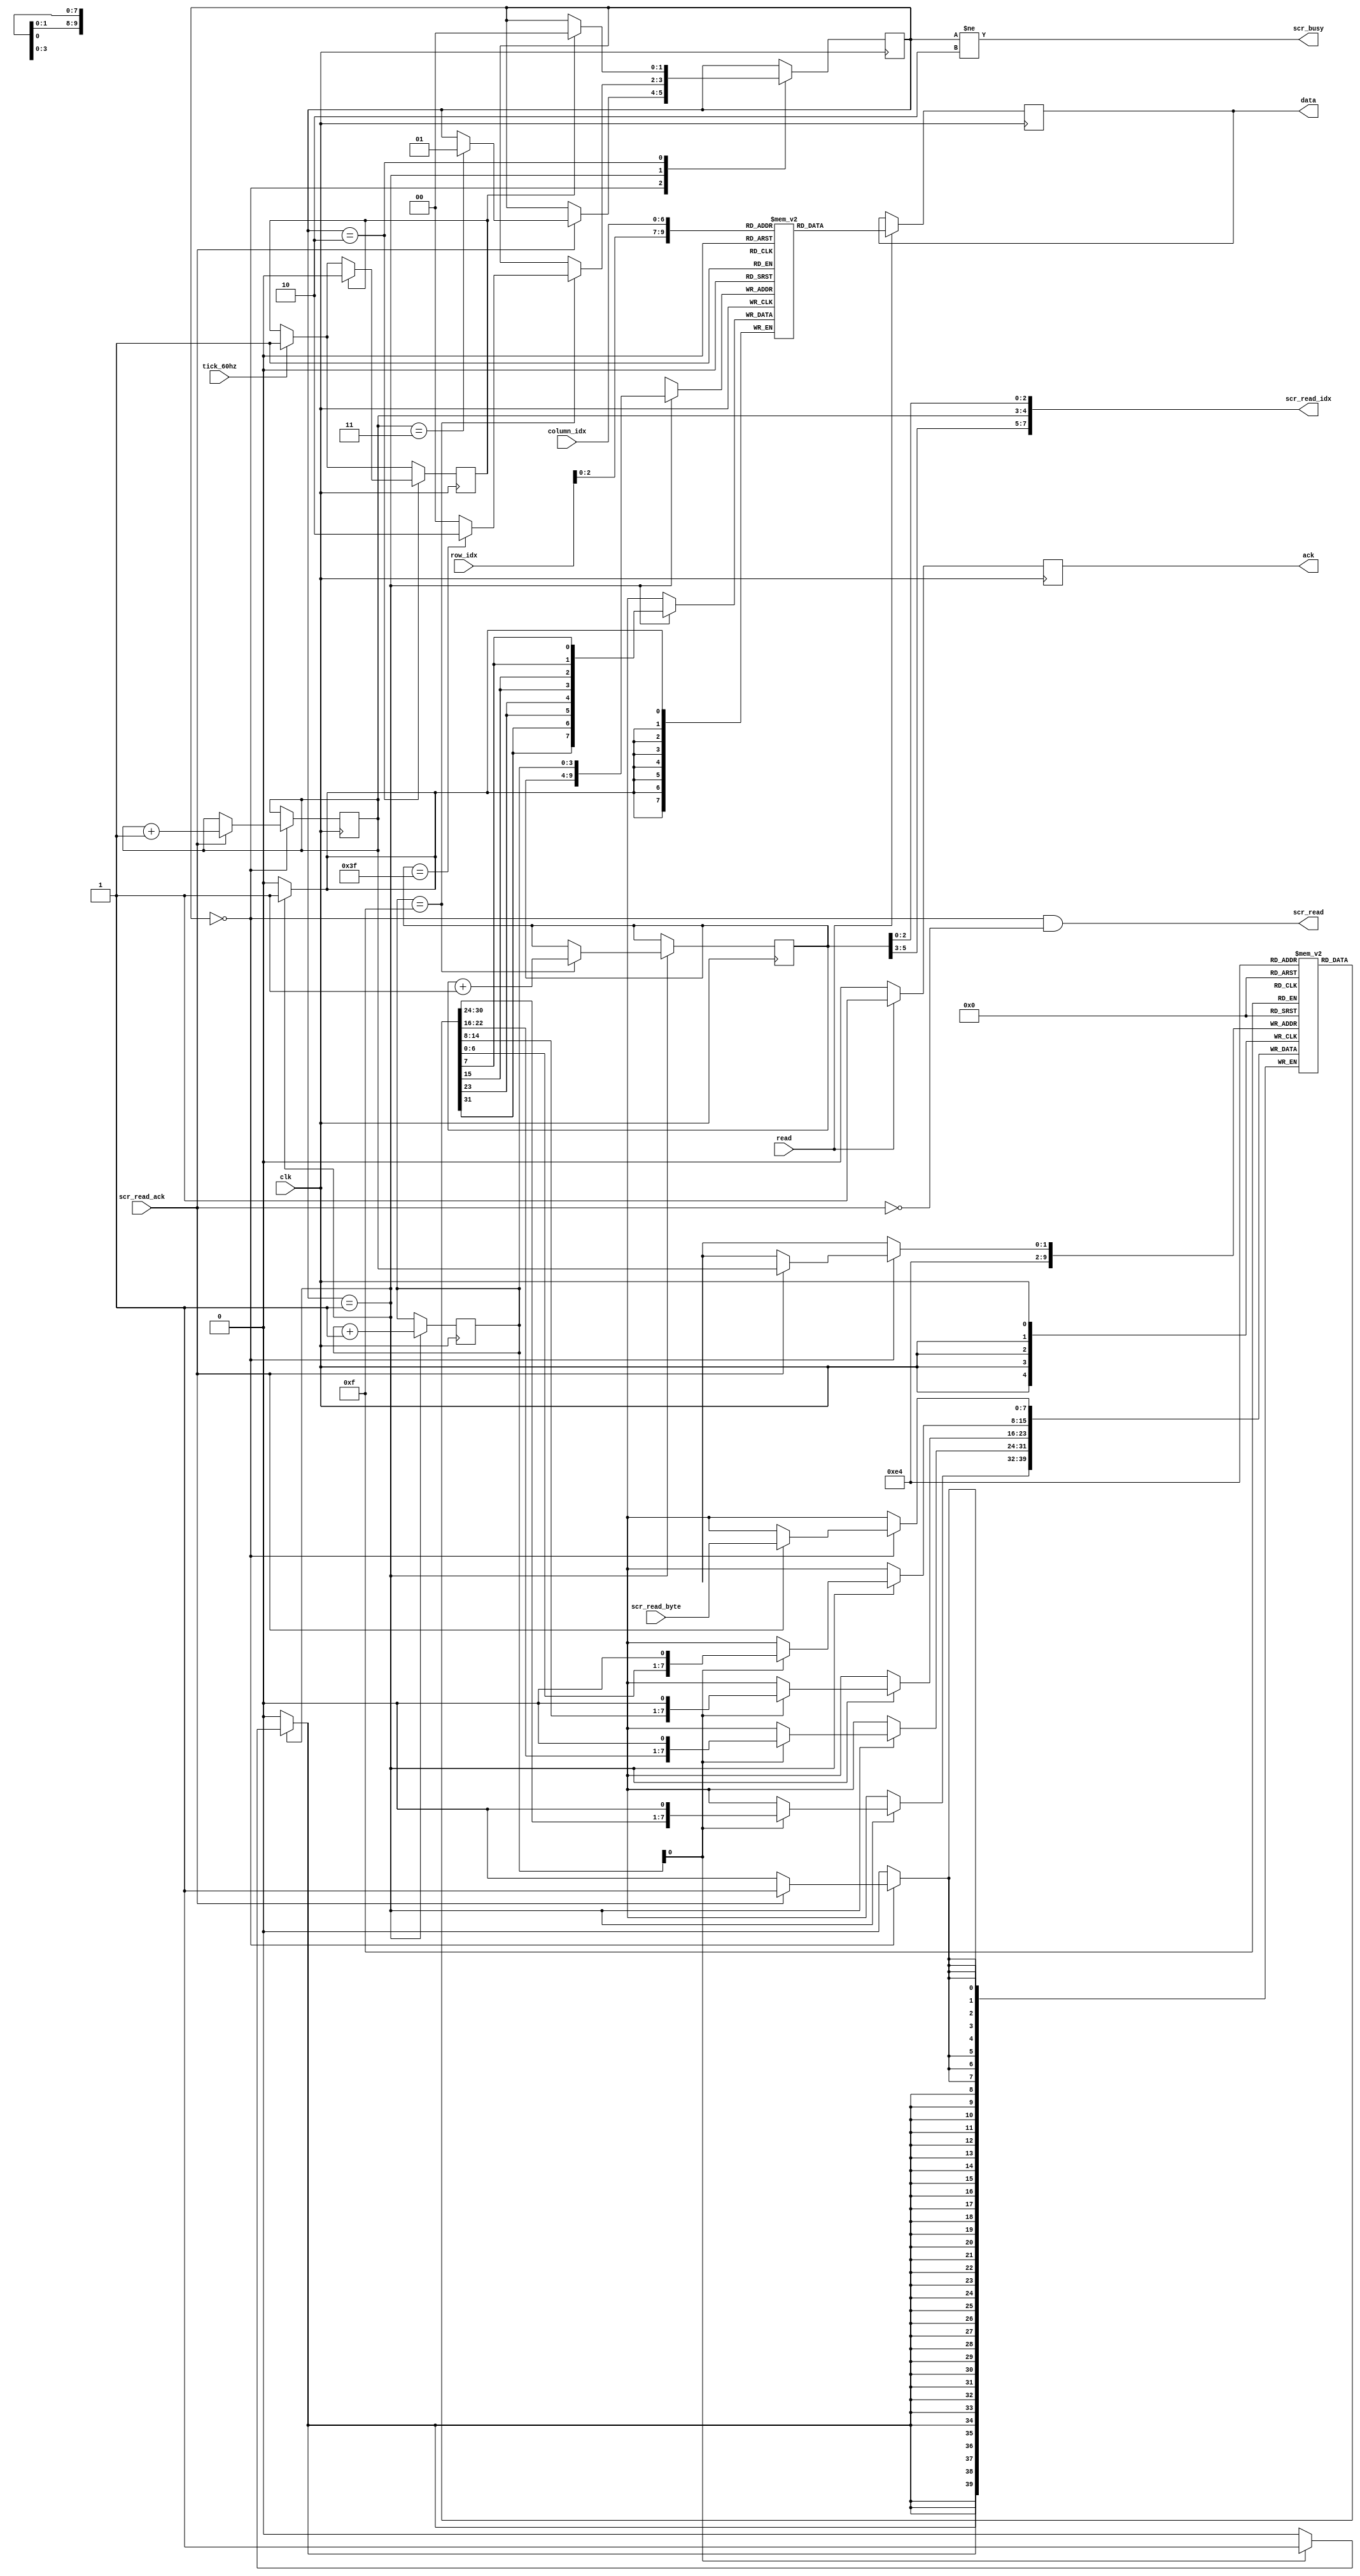
module screen_bridge(input wire clk,
                     input wire tick_60hz,
                     input wire read,
                     input wire [5:0] row_idx,
                     input wire [6:0] column_idx,
                     output reg [7:0] data,
                     output reg ack,

                     output wire scr_busy,
                     output wire scr_read,
                     output wire [7:0] scr_read_idx,
                     input wire [7:0] scr_read_byte,
                     input wire scr_read_ack);

  reg [7:0] buffer [0:1023];
  wire [9:0] buffer_read_idx = {row_idx[2:0], column_idx};

  // 8 x 4 rectangle (scanned in horizontal stripes, output in vertical ones)
  reg [7:0] rect [0:3];
  // Num of rectangle on screen
  reg [5:0] rect_num = 0;
  // Index of byte (horizontal stripe) in rectangle
  reg [1:0] rect_scan_idx = 0;

  // Index of vertical stripe in rectangle (16 double-pixel stripes)
  reg [3:0] rect_write_idx = 0;

  assign scr_read = state == STATE_READ_RECT && !scr_read_ack;
  assign scr_read_idx = {rect_num[5:3], rect_scan_idx, rect_num[2:0]};
  wire [9:0] buffer_write_idx = {rect_num, rect_write_idx};

  wire [7:0] buffer_write_byte = {rect[3][7], rect[3][7],
                                  rect[2][7], rect[2][7],
                                  rect[1][7], rect[1][7],
                                  rect[0][7], rect[0][7]};

  localparam
    STATE_READ_RECT = 0,
    STATE_WRITE_RECT = 1,
    STATE_WAIT = 2;

  assign scr_busy = state != STATE_WAIT;

  reg [1:0] state = STATE_READ_RECT;

  reg draw_next = 0;

  always @(posedge clk) begin
    if (tick_60hz)
      draw_next <= 1;

    ack <= 0;
    if (read) begin
      ack <= 1;
      data <= buffer[buffer_read_idx];
    end

    case (state)
      STATE_READ_RECT: begin
        if (scr_read_ack) begin
          rect[rect_scan_idx] <= scr_read_byte;
          rect_scan_idx <= rect_scan_idx + 1;
          if (rect_scan_idx == 'b11) begin
            state <= STATE_WRITE_RECT;
          end
        end
      end
      STATE_WRITE_RECT: begin
        buffer[buffer_write_idx] <= buffer_write_byte;
        rect_write_idx <= rect_write_idx + 1;
        if (rect_write_idx[0]) begin
          rect[0] <= rect[0] << 1;
          rect[1] <= rect[1] << 1;
          rect[2] <= rect[2] << 1;
          rect[3] <= rect[3] << 1;
        end
        if (rect_write_idx == 'b1111) begin
          rect_num <= rect_num + 1;
          if (rect_num == 'b111111)
            state <= STATE_WAIT;
          else
            state <= STATE_READ_RECT;
        end
      end
      STATE_WAIT:
        if (draw_next) begin
          draw_next <= 0;
          state <= STATE_READ_RECT;
        end
    endcase
  end
endmodule